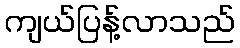
ကျယ်ပြန့်လာသည်